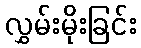
လွှမ်းမိုးခြင်း